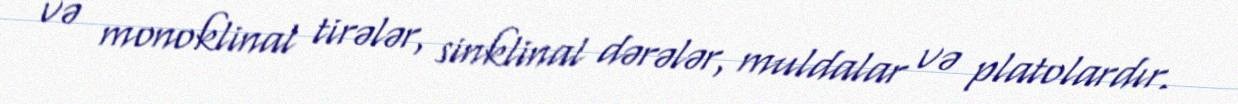
və monoklinal tirələr, sinklinal dərələr, muldalar və platolardır.